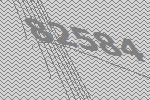
82584